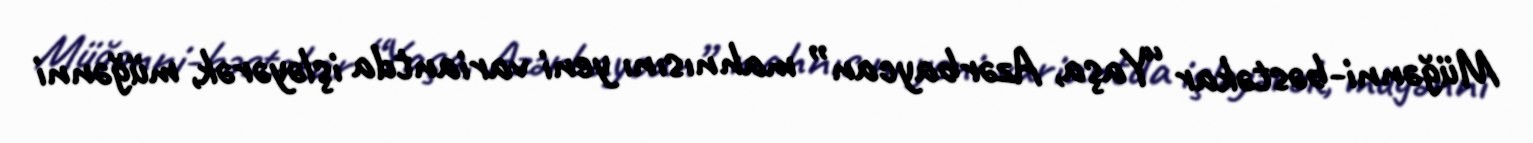
Müğənni-bəstəkar “Yaşa, Azərbaycan” mahnısını yeni variantda işləyərək, müğənni